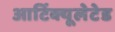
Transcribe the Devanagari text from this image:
आर्टिक्यूलेटेड